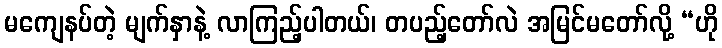
မကျေနပ်တဲ့ မျက်နှာနဲ့ လာကြည့်ပါတယ်၊ တပည့်တော်လဲ အမြင်မတော်လို့ “ဟို